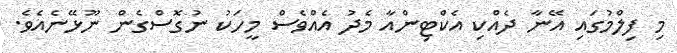
މި ފިލްމުގައި އޭނާ ދެއްކި އެކްޓިންއާ މެދު އެއްވެސް މީހަކު ނުގޮސްގެން ނޫޅޭނެއެވެ.